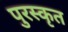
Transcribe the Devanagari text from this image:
पुरस्‍कृत